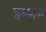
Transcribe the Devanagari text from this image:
इम्मन